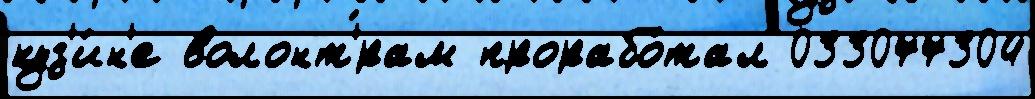
куз'и́н'е волонт'́рам прорабо́тал 033077304